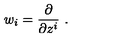
w _ { i } = \frac { \partial } { \partial z ^ { i } } \ .